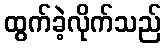
ထွက်ခဲ့လိုက်သည်